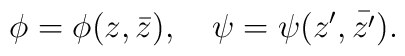
\phi = \phi(z,\bar{z}),\quad \psi = \psi(z',\bar{z'}) .